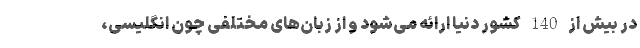
در بیش از 140 کشور دنیا ارائه می‌شود و از زبان‌های مختلفی چون انگلیسی،